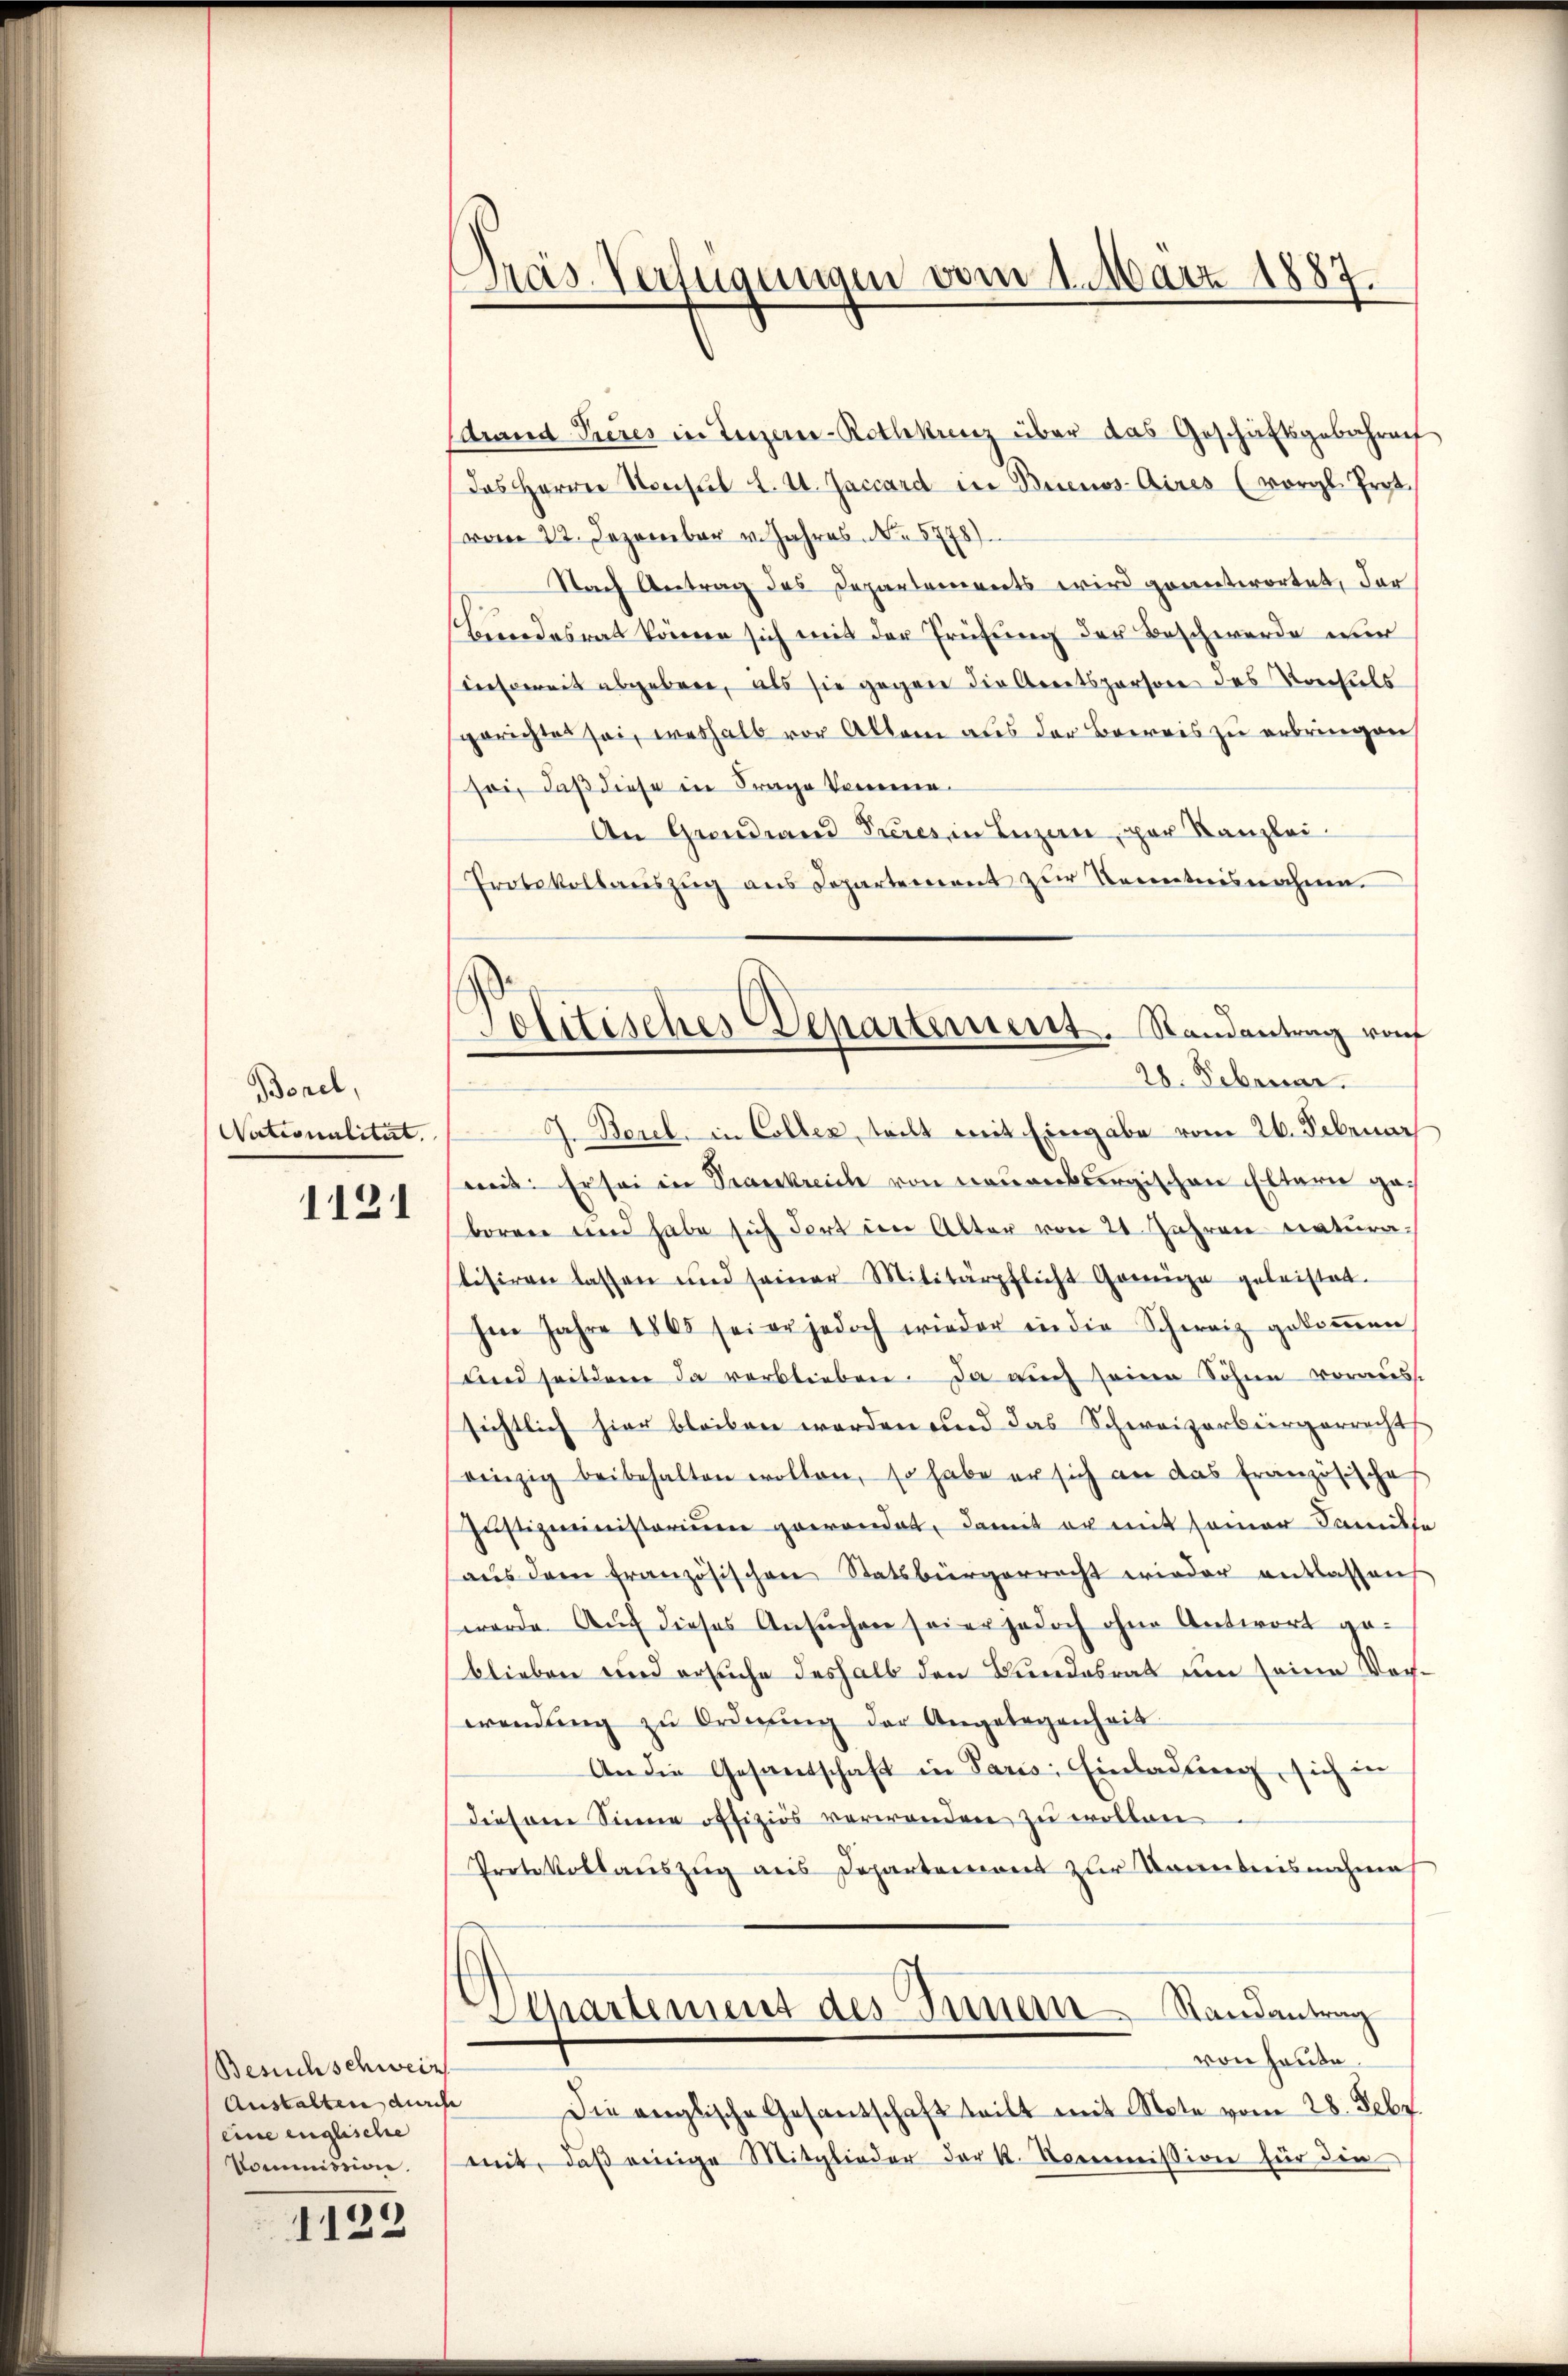
Borel,
Nationalität.
1121

Besuchschweiz
Austalten durch
eine englische
Kommission.

1122

.
Pas-Verfügungen vom 1. März 1887.

sdrand Tieres in Luzern-Rothkunz über das Geschäftsgebühren
Das Herren Nonsul L. U. Jaccard in Buenos-Aires (vorgl. Prot.
(vom 22. Dezember v. Jahres No. 5778).
Nach Antrag des Departements wird geantwortet, der
Landesrat könne sich mit der Prüfung der Beschwerde nur
insoweit abgeben, als sie gegen die Arretsperson des Vorhuls
gerichtet sei, weshalb vor Allem aus der Bereis zu erbringen,
soi, daß diese in Frage komme.
An Grandrand Tieres in Luzern, par Kanzlei-
Protokollauszug aus Departement zur Kenntnisnahme.
4. Bezel in Colles, teilt mit Eingabe vom 26. Februar
weit: Er sei in Krankreich von neuenburgischen Elterie geborene und habe sich dort den Alter von 24. Jahren natura-
slisiren lassen und seiner Militärpflicht Grenza geleistet.
Im Jahre 1865 sei er jedoch wieder in die Schweiz gekoṁen
sind seitdem da verblieben. Da aŭch seine Sohne voraus-
sichtlich hier bleiben werden und das Schweizerbürgerrechts
einzig beibehalten wollen, so habe er sich an das französische
Jŭstizministerium gewordet, damit er mit seiner Sanitte
aŭs dem französischen Statsbürgerrecht wieder entlassens
werde. Auch dieses Ansŭchen seier jedoch ohne Antwort ge-
blieben wird ersuche deshalb den Bundesrat um seine Vorwendŭng zŭ Ordnung der Angelegenheit
An die Gesandschaft in Paris, Einladung, sich in
diesem Sinne offiziös verwenden zu wollen
Protokollaŭszŭg ans Departemont zur Kenntnisnahmes
Departement des Seinem Randantrag
von heute
Die englische Gesandschaft teilt mit Note vom 28. Febr.
mit, daβ einige Mitglieder der K. Nocommißion für die

Jolitisches Departement. Randantrag vom
28. Februar.